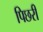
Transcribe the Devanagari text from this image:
पिछरी